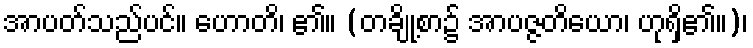
အာပတ်သည်ပင်။ ဟောတိ၊ ၏။ (တချို့စာ၌ အာပဇ္ဇတိယော၊ ဟုရှိ၏။)၊